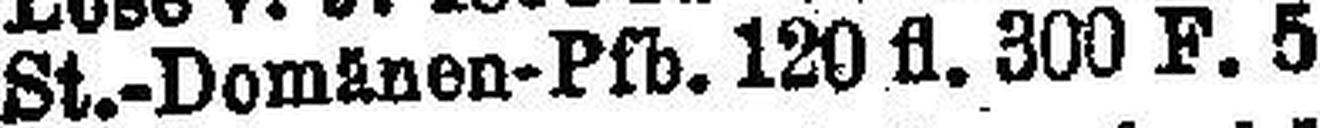
St.-Domänen-Pfb. 120 fl. 300 F. 5